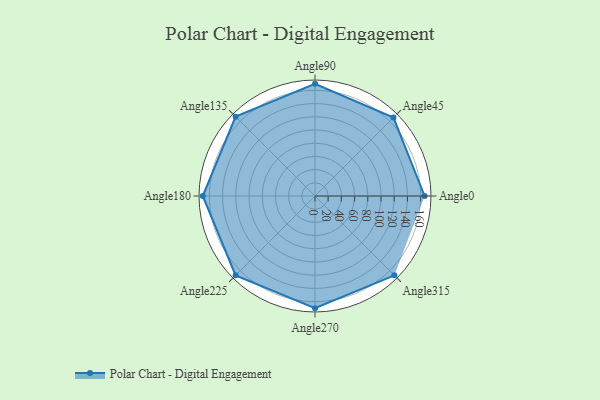
{"axis": {"x": "Angle", "y": "Radius"}, "legend": [""], "data": [{"x": "Angle0", "y": 166.0, "type": ""}, {"x": "Angle45", "y": 168.0, "type": ""}, {"x": "Angle90", "y": 170, "type": ""}, {"x": "Angle135", "y": 170, "type": ""}, {"x": "Angle180", "y": 170, "type": ""}, {"x": "Angle225", "y": 170, "type": ""}, {"x": "Angle270", "y": 170, "type": ""}, {"x": "Angle315", "y": 170, "type": ""}]}